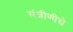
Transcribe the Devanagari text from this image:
मंत्रीणीचे